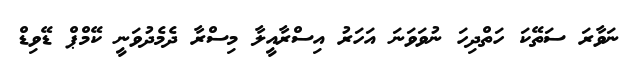
ނަވާރަ ސަތޭކަ ހަތްދިހަ ނުވަވަނަ އަހަރު އިސްރާއީލާ މިސްރާ ދެމެދުވަނީ ކޭމްޕް ޑޭވިޑް